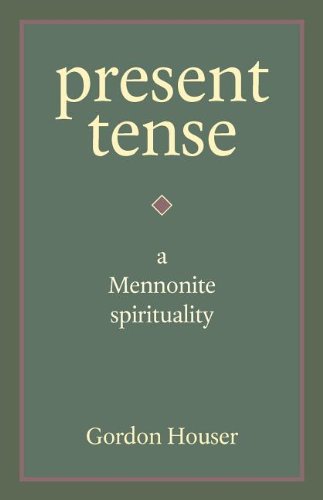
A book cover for Present Tense: A Mennonite Spirituality; Gordon Houser; Christian Books & Bibles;